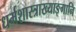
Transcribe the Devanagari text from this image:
धर्मशास्त्राख्याङ्गानि